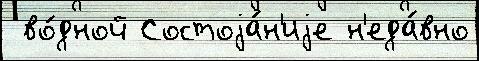
 во́дной Состоjа́н'иjе н'еда́вно